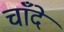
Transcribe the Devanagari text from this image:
चाँदे